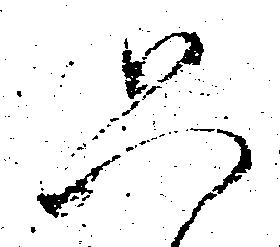
只